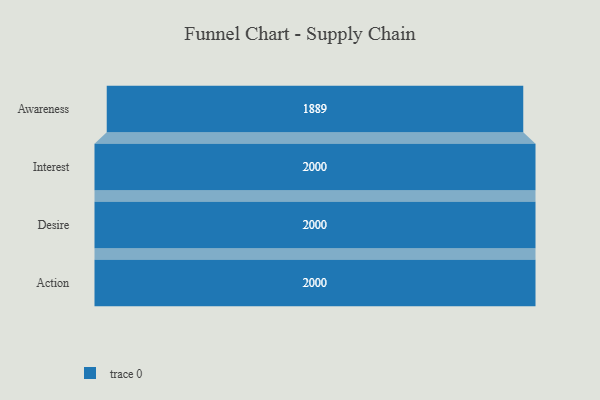
{"axis": {"x": "Stage", "y": "Value"}, "legend": [""], "data": [{"x": "Awareness", "y": 1889.0, "type": ""}, {"x": "Interest", "y": 2000, "type": ""}, {"x": "Desire", "y": 2000, "type": ""}, {"x": "Action", "y": 2000, "type": ""}]}